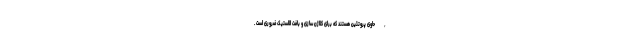
, حاوی پروتئین هستند که برای کلاژن سازی و بافت الاستیک ضروری است .